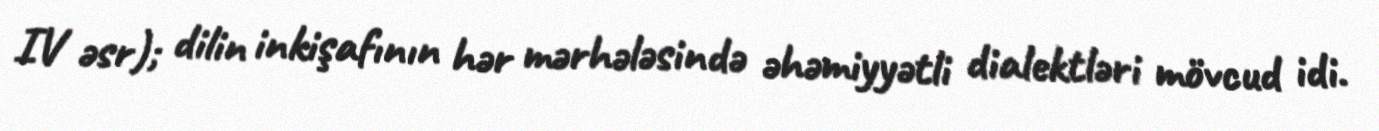
IV əsr); dilin inkişafının hər mərhələsində əhəmiyyətli dialektləri mövcud idi.